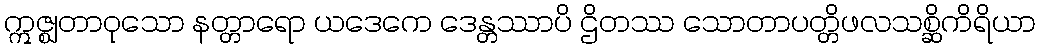
ဣဇ္ဈတာဝုသော နတ္တာရော ယဒေကေ ဒေန္တဿာပိ ဌိတဿ သောတာပတ္တိဖလသစ္ဆိကိရိယာ